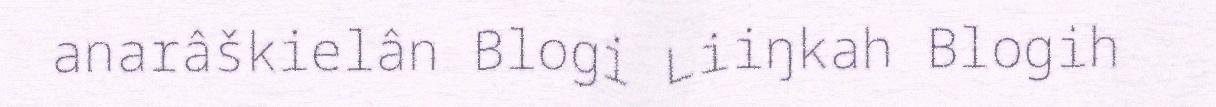
anarâškielân Blogi Liiŋkah Blogih